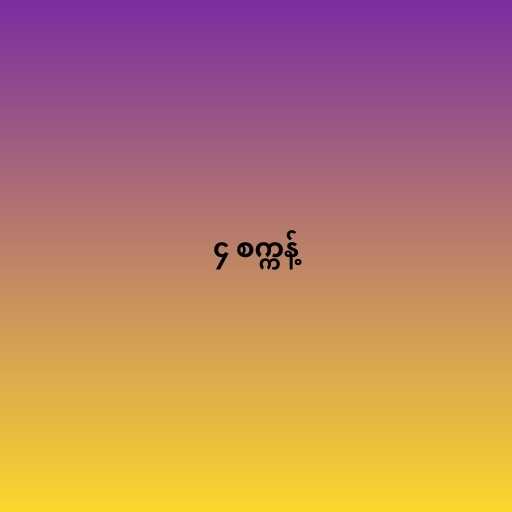
၄ စက္ကန့်